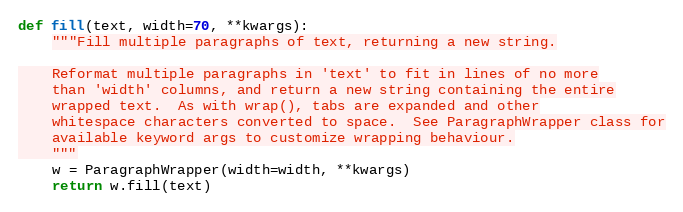
Language: Python
def fill(text, width=70, **kwargs):
    """Fill multiple paragraphs of text, returning a new string.

    Reformat multiple paragraphs in 'text' to fit in lines of no more
    than 'width' columns, and return a new string containing the entire
    wrapped text.  As with wrap(), tabs are expanded and other
    whitespace characters converted to space.  See ParagraphWrapper class for
    available keyword args to customize wrapping behaviour.
    """
    w = ParagraphWrapper(width=width, **kwargs)
    return w.fill(text)